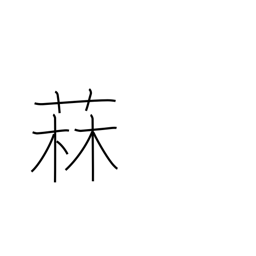
Meaning: kind of thistle